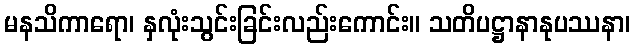
မနသိကာရော၊ နှလုံးသွင်းခြင်းလည်းကောင်း။ သတိပဋ္ဌာနာနုပဿနာ၊